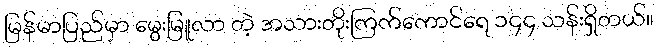
မြန်မာပြည်မှာ မွေးမြူလာ တဲ့ အသားတိုးကြက်ကောင်ရေ ၁၄၄ သန်းရှိတယ်။